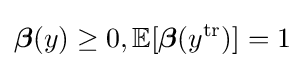
{\boldsymbol {\beta }}(y)\geq 0,\mathbb {E} [{\boldsymbol {\beta }}(y^{\text{tr}})]=1